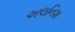
અલનિશ